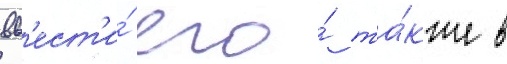
вв'ест'и́ его́ та́кже в